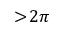
> \! 2 \pi